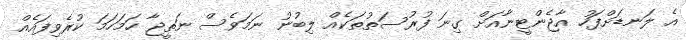
އެ ލަނޑަށްފަހު އާޖެންޓީނާއަށް ގިނަ ފުރުސަތުތަކެއް ލިބުނު ނަމަވެސް ނަތީޖާ ހަމަހަމަ ކުރެވިފައެއް